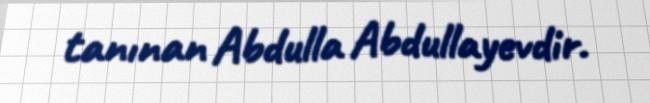
tanınan Abdulla Abdullayevdir.